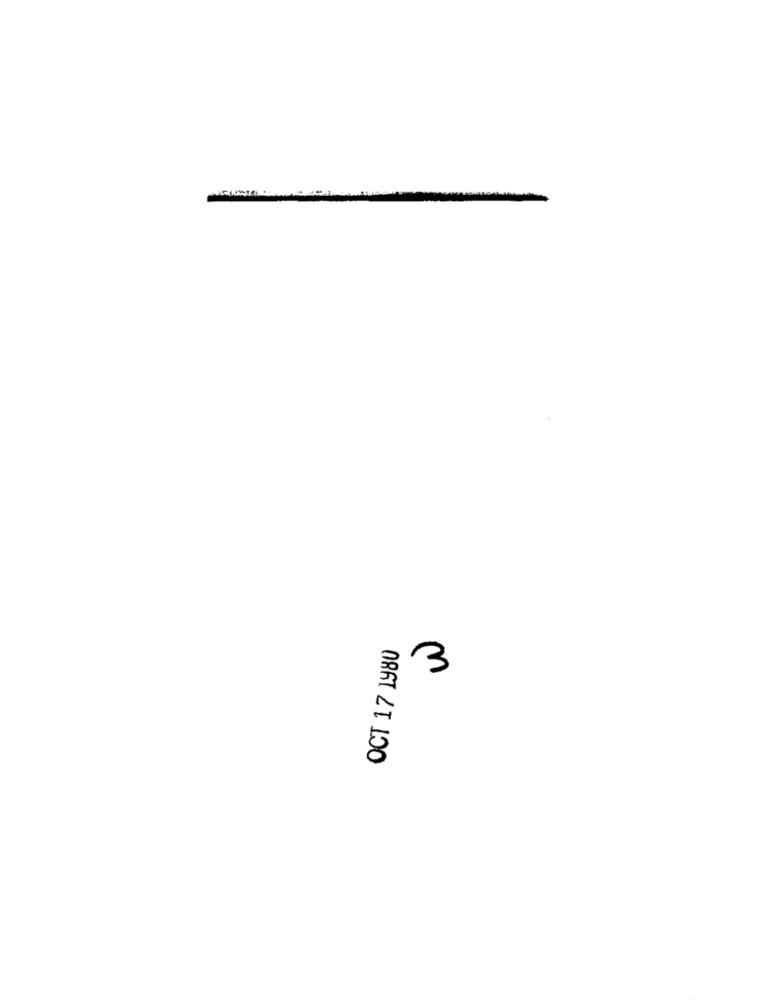
OCT 17 1980
m